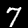
Label: 7